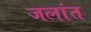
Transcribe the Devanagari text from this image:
जलांत